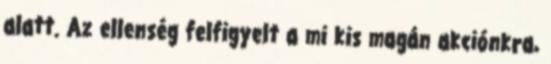
alatt. Az ellenség felfigyelt a mi kis magán akciónkra,